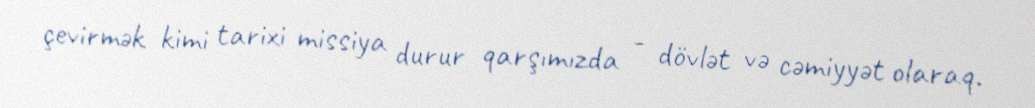
çevirmək kimi tarixi missiya durur qarşımızda - dövlət və cəmiyyət olaraq.